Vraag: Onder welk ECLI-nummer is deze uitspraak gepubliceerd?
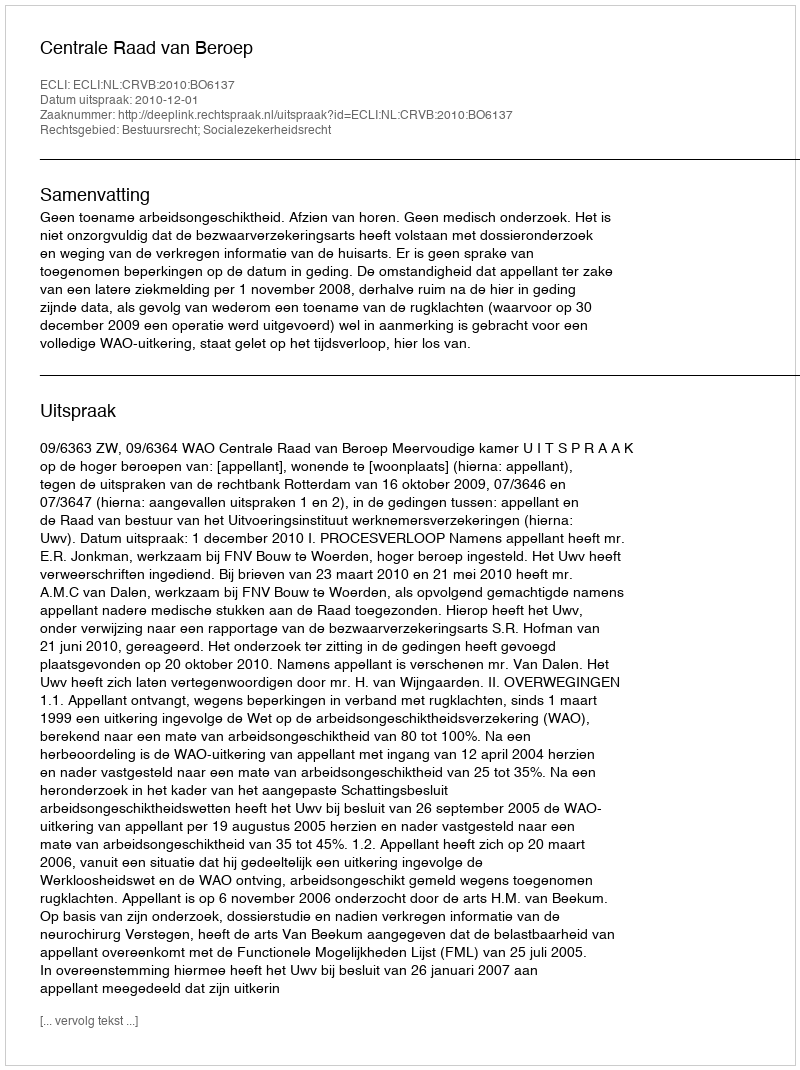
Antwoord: ECLI:NL:CRVB:2010:BO6137